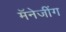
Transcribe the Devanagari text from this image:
मॅनेजींग